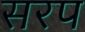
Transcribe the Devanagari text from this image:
सरप